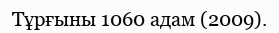
Тұрғыны 1060 адам (2009).